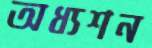
অধ্যশন